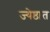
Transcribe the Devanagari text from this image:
ज्येष्ठात